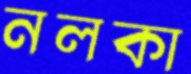
নলকা